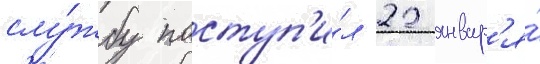
слу́жбу поступ'и́л 22 январ'я́